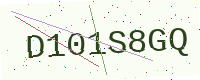
Text: D101S8GQ